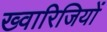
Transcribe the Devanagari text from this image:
ख्वारिजियों